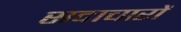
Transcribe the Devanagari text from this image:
सदाचारों